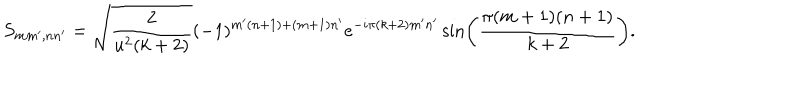
S _ { m m ^ { \prime } , n n ^ { \prime } } = \sqrt { \frac { 2 } { u ^ { 2 } ( k + 2 ) } } ( - 1 ) ^ { m ^ { \prime } ( n + 1 ) + ( m + 1 ) n ^ { \prime } } e ^ { - i \pi ( k + 2 ) m ^ { \prime } n ^ { \prime } } \sin \left( \frac { \pi ( m + 1 ) ( n + 1 ) } { k + 2 } \right) .